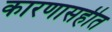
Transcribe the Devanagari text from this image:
कारणासहीत